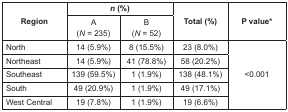
<table><thead><tr><td rowspan="2"><b>Region</b></td><td colspan="2"><b><i>n</i> (%)</b></td><td rowspan="2"><b>Total (%)</b></td><td rowspan="2"><b>P value<sup>*</sup></b></td></tr><tr><td><b>A(<i>N</i> = 235)</b></td><td><b>B(<i>N</i> = 52)</b></td></tr></thead><tbody><tr><td>North</td><td>14 (5.9%)</td><td>8 (15.5%)</td><td>23 (8.0%)</td><td rowspan="5">&lt;0.001</td></tr><tr><td>Northeast</td><td>14 (5.9%)</td><td>41 (78.8%)</td><td>58 (20.2%)</td></tr><tr><td>Southeast</td><td>139 (59.5%)</td><td>1 (1.9%)</td><td>138 (48.1%)</td></tr><tr><td>South</td><td>49 (20.9%)</td><td>1 (1.9%)</td><td>49 (17.1%)</td></tr><tr><td>West Central</td><td>19 (7.8%)</td><td>1 (1.9%)</td><td>19 (6.6%)</td></tr></tbody></table>